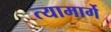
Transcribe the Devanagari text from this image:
त्यामार्गे